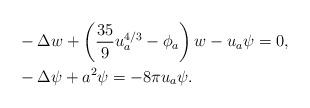
LaTeX: \begin{align*}&- \Delta w + \left( \frac{35}{9} u^{4/3}_{a} - \phi_{a} \right) w - u_{a} \psi = 0, \\&- \Delta \psi + a^{2} \psi = - 8 \pi u_{a} \psi. \end{align*}